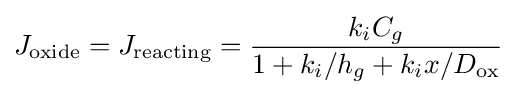
J_{\text{oxide}}=J_{\text{reacting}}={\frac {k_{i}C_{g}}{1+k_{i}/h_{g}+k_{i}x/D_{\text{ox}}}}